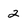
Character: 2